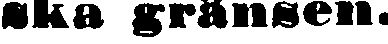
ska gränsen.